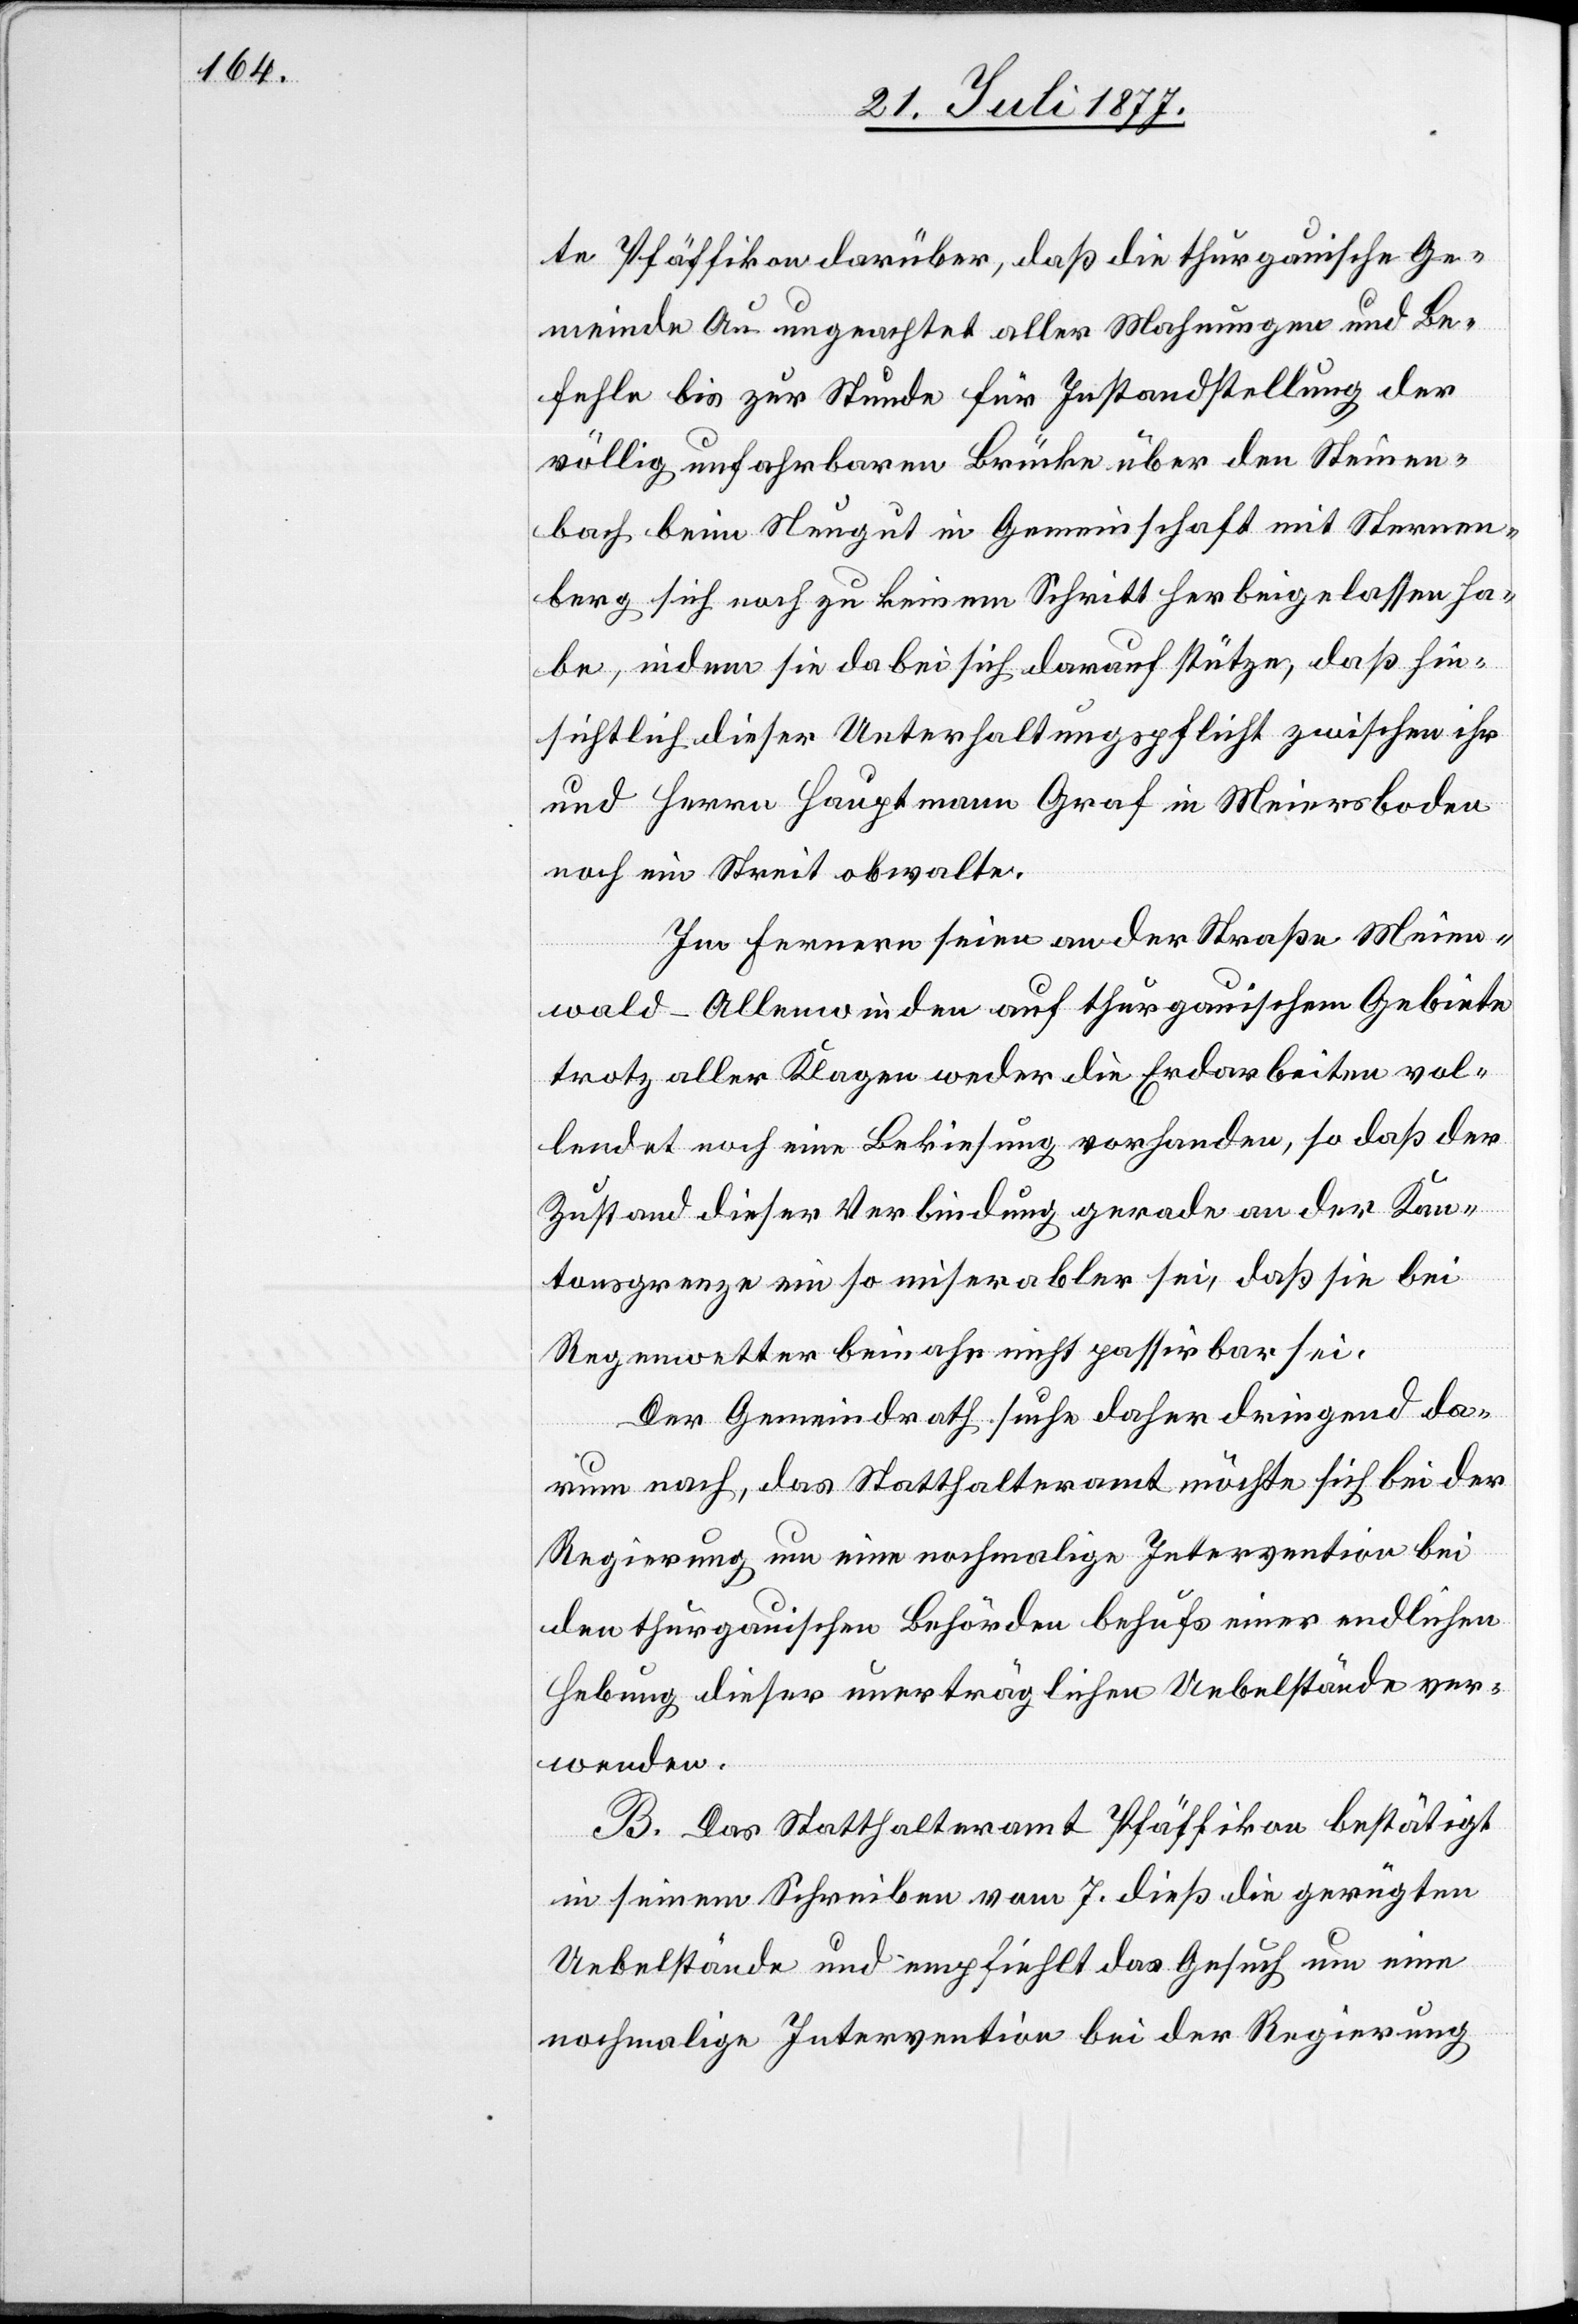
te Pfäffikon darüber, daß die thurgauische Ge¬
meinde Au ungeachtet aller Mahnungen und Be¬
fehle bis zur Stunde für Instandstellung der
völlig unfahrbaren Brücke über den Steinen¬
bach beim Neugut in Gemeinschaft mit Sternen¬
berg sich noch zu keinem Schritt herbeigelassen ha¬
be, indem sie dabei sich darauf stütze, daß hin¬
sichtlich dieser Unterhaltungspflicht zwischen ihr
und Herrn Hauptmann Graf in Meiersboden
noch ein Streit obwalte.
Im Fernern seien an der Straße Meien¬
wald–Allenwinden auf thurgauischem Gebiete
trotz aller Klagen weder die Erdarbeiten vol¬
lendet noch eine Bekiesung vorhanden, so daß der
Zustand dieser Verbindung gerade an der Kan¬
tonsgrenze ein so miserabler sei, daß sie bei
Regenwetter beinahe nicht passirbar sei.
Der Gemeindrath suche daher dringend da¬
rum nach, das Statthalteramt möchte sich bei der
Regierung um eine nochmalige Intervention bei
den thurgauischen Behörden behufs einer endlichen
Hebung dieser unerträglichen Uebelstände ver¬
wenden.
B. Das Statthalteramt Pfäffikon bestätigt
in seinem Schreiben vom 7. dieß die gerügten
Uebelstände und empfiehlt das Gesuch um eine
nochmalige Intervention bei der Regierung